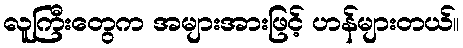
လူကြီးတွေက အများအားဖြင့် ဟန်များတယ်။